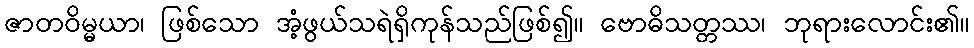
ဇာတဝိမ္မယာ၊ ဖြစ်သော အံ့ဖွယ်သရဲရှိကုန်သည်ဖြစ်၍။ ဗောဓိသတ္တဿ၊ ဘုရားလောင်း၏။